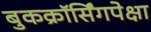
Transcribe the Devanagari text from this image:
बुकक्रॉर्सिंगपेक्षा